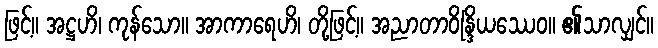
ဖြင့်။ အဋ္ဌဟိ၊ ကုန်သော။ အာကာရေဟိ၊ တို့ဖြင့်။ အညာတာဝိန္ဒြိယဿေဝ။ ၏သာလျှင်။